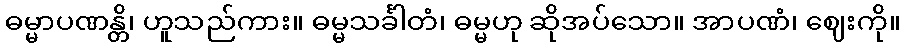
ဓမ္မာပဏန္တိ၊ ဟူသည်ကား။ ဓမ္မသင်္ခါတံ၊ ဓမ္မဟု ဆိုအပ်သော။ အာပဏံ၊ ဈေးကို။